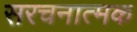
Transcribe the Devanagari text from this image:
सरचनात्मक